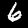
Label: 6